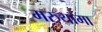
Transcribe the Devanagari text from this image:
मरुयामा